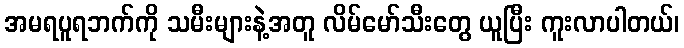
အမရပူရဘက်ကို သမီးများနဲ့အတူ လိမ်မော်သီးတွေ ယူပြီး ကူးလာပါတယ်၊